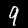
Digit: 9